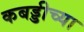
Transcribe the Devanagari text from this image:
कबड्डीच्या